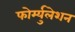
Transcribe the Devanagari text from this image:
फोर्म्युलेशन